Lunatic asylums United Provinces 1909-1921 - 1909-1921
Year: 1909
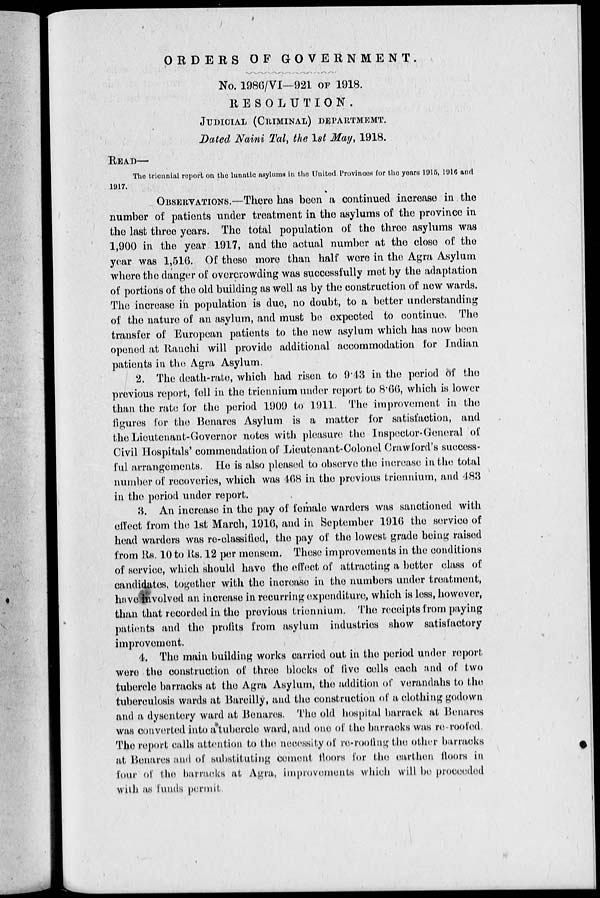
ORDERS OF
GOVERNMENT.
No. 1986/VI—921 OF 1918.
RESOLUTION.
JUDICIAL (CRIMINAL) DEPARTMENT.
Dated Naini Tal, the 1st May, 1918.
READ—
The triennial report on the lunatic asylums in the United Provinces for the years 1915, 1916 and
1917.
OBSERVATIONS.—There has been a continued increase in the
number of patients under treatment in the asylums of the province in
the last three years. The total population of the three asylums was
1,900 in the year 1917, and the actual number at the close of the
year was 1,516. Of these more than half were in the Agra Asylum
where the danger of overcrowding was successfully met by the adaptation
of portions of the old building as well as by the construction of new wards.
The increase in population is due, no doubt, to a better understanding
of the nature of an asylum, and must be expected to continue. The
transfer of European patients to the new asylum which has now been
opened at Ranchi will provide additional accommodation for Indian
patients in the Agra Asylum.
2. The death-rate, which had risen to 9.48 in the period of the
previous report, fell in the triennium under report to 8.66, which is lower
than the rate for the period 1909 to 1911. The improvement in the
figures for the Benares Asylum is a matter for satisfaction, and
the Lieutenant-Governor notes with pleasure the Inspector-General of
Civil Hospitals' commendation of Lieutenant-Colonel Crawford's success-
ful arrangements. He is also pleased to observe the increase in the total
number of recoveries, which was 468 in the previous triennium, and 483
in the period under report.
3. An increase in the pay of female warders was sanctioned with
effect from the 1st March, 1916, and in September 1916 the service of
head warders was re-classified, the pay of the lowest grade being raised
from Rs. 10 to Rs. 12 per mensem. These improvements in the conditions
of service, which should have the effect of attracting a better class of
candidates, together with the increase in the numbers under treatment,
have involved an increase in recurring expenditure, which is less, however,
than that recorded in the previous triennium. The receipts from paying
patients and the profits from asylum industries show satisfactory
improvement.
4. The main building works carried out in the period under report
were the construction of three blocks of live cells each and of two
tubercle barracks at the Agra Asylum, the addition of verandahs to the
tuberculosis wards at Bareilly, and the construction of a clothing godown
and a dysentery ward at Benares. The old hospital barrack at Benares
was converted into a tubercle ward, and one of the barracks was re-roofed.
The report calls attention to the necessity of re-roofing the other barracks
at Benares and of substituting cement floors for the earthen floors in
four of the barracks at Agra, improvements which will be proceeded
with as funds permit